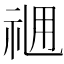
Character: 𥙓